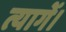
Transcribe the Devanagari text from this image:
त्यागें।